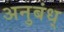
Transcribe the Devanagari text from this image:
अनुबंध्